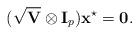
LaTeX: \begin{align*}(\mathbf{\sqrt{V}} \otimes \mathbf{I}_p) \mathbf{x}^{\star} = \mathbf{0}.\end{align*}